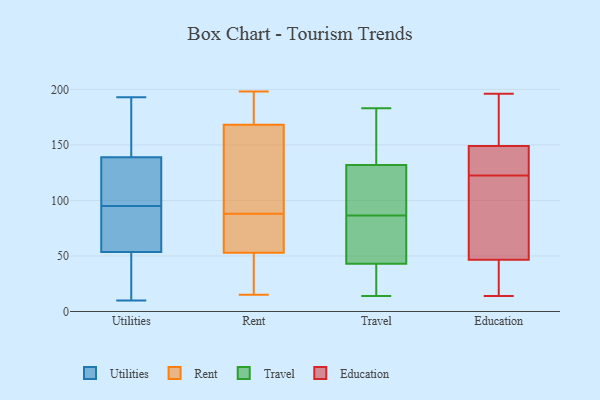
{"axis": {"x": "Market Share (%)", "y": "Value"}, "legend": ["Education", "Rent", "Travel", "Utilities"], "data": [{"x": "", "y": 87, "type": "Utilities"}, {"x": "", "y": 51, "type": "Utilities"}, {"x": "", "y": 10, "type": "Utilities"}, {"x": "", "y": 17, "type": "Utilities"}, {"x": "", "y": 56, "type": "Utilities"}, {"x": "", "y": 147, "type": "Utilities"}, {"x": "", "y": 193, "type": "Utilities"}, {"x": "", "y": 103, "type": "Utilities"}, {"x": "", "y": 99, "type": "Utilities"}, {"x": "", "y": 148, "type": "Utilities"}, {"x": "", "y": 91, "type": "Utilities"}, {"x": "", "y": 131, "type": "Utilities"}, {"x": "", "y": 196, "type": "Rent"}, {"x": "", "y": 69, "type": "Rent"}, {"x": "", "y": 182, "type": "Rent"}, {"x": "", "y": 88, "type": "Rent"}, {"x": "", "y": 85, "type": "Rent"}, {"x": "", "y": 56, "type": "Rent"}, {"x": "", "y": 35, "type": "Rent"}, {"x": "", "y": 108, "type": "Rent"}, {"x": "", "y": 142, "type": "Rent"}, {"x": "", "y": 51, "type": "Rent"}, {"x": "", "y": 124, "type": "Rent"}, {"x": "", "y": 52, "type": "Rent"}, {"x": "", "y": 15, "type": "Rent"}, {"x": "", "y": 177, "type": "Rent"}, {"x": "", "y": 198, "type": "Rent"}, {"x": "", "y": 14, "type": "Travel"}, {"x": "", "y": 52, "type": "Travel"}, {"x": "", "y": 182, "type": "Travel"}, {"x": "", "y": 43, "type": "Travel"}, {"x": "", "y": 105, "type": "Travel"}, {"x": "", "y": 15, "type": "Travel"}, {"x": "", "y": 53, "type": "Travel"}, {"x": "", "y": 23, "type": "Travel"}, {"x": "", "y": 138, "type": "Travel"}, {"x": "", "y": 96, "type": "Travel"}, {"x": "", "y": 36, "type": "Travel"}, {"x": "", "y": 183, "type": "Travel"}, {"x": "", "y": 77, "type": "Travel"}, {"x": "", "y": 139, "type": "Travel"}, {"x": "", "y": 129, "type": "Travel"}, {"x": "", "y": 110, "type": "Travel"}, {"x": "", "y": 132, "type": "Travel"}, {"x": "", "y": 76, "type": "Travel"}, {"x": "", "y": 135, "type": "Education"}, {"x": "", "y": 183, "type": "Education"}, {"x": "", "y": 81, "type": "Education"}, {"x": "", "y": 159, "type": "Education"}, {"x": "", "y": 196, "type": "Education"}, {"x": "", "y": 156, "type": "Education"}, {"x": "", "y": 80, "type": "Education"}, {"x": "", "y": 14, "type": "Education"}, {"x": "", "y": 15, "type": "Education"}, {"x": "", "y": 48, "type": "Education"}, {"x": "", "y": 131, "type": "Education"}, {"x": "", "y": 133, "type": "Education"}, {"x": "", "y": 60, "type": "Education"}, {"x": "", "y": 134, "type": "Education"}, {"x": "", "y": 45, "type": "Education"}, {"x": "", "y": 33, "type": "Education"}, {"x": "", "y": 142, "type": "Education"}, {"x": "", "y": 187, "type": "Education"}, {"x": "", "y": 114, "type": "Education"}, {"x": "", "y": 33, "type": "Education"}]}